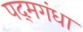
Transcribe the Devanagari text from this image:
पद्‌मगंधा